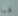
إربا